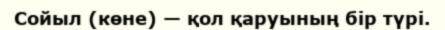
Сойыл (көне) — қол қаруының бір түрі.